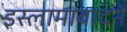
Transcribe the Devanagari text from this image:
इस्लामाबादने